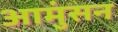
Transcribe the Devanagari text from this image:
आमुंसन